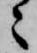
々